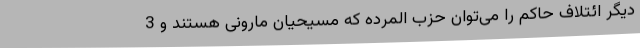
دیگر ائتلاف حاکم را می‌توان حزب المرده که مسیحیان مارونی هستند و 3